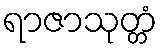
ရာဇာသုတ္တံ